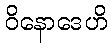
ဝိနောဒေဟိ